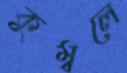
কুম্বলে